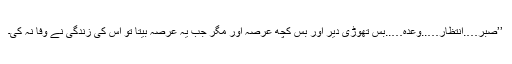
’’صبر….انتظار…..وعدہ…..بس تھوڑی دیر اور بس کچھ عرصہ اور مگر جب یہ عرصہ بیتا تو اس کی زندگی نے وفا نہ کی۔